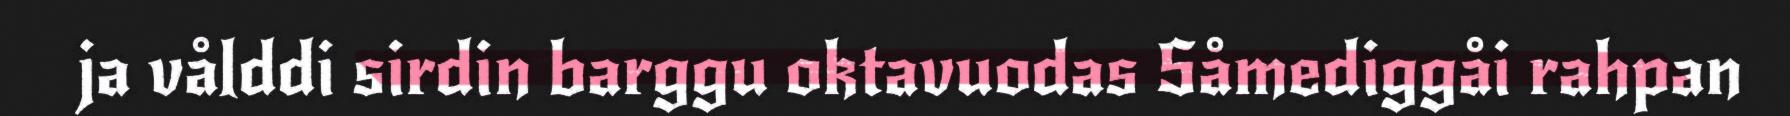
ja vålddi sirdin barggu oktavuodas Såmediggåi rahpan